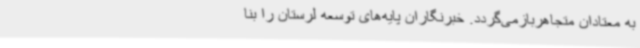
به معتادان متجاهربازمی‌گردد. خبرنگاران پایه‌های توسعه لرستان را بنا